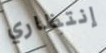
إنتظاري